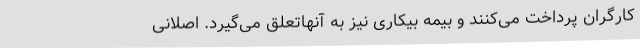
کارگران پرداخت می‌کنند و بیمه بیکاری نیز به آنهاتعلق می‌گیرد. اصلانی